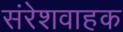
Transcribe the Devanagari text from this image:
संरेशवाहक